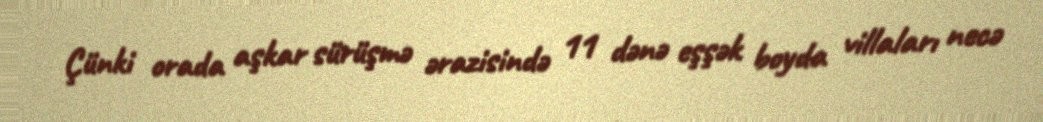
Çünki orada aşkar sürüşmə ərazisində 11 dənə eşşək boyda villaları necə